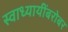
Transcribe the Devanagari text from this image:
स्वाध्यायींबरोबर